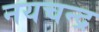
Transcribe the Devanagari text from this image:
नयचन्द्र